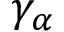
\gamma _ { \alpha }